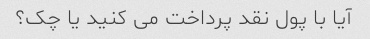
آیا با پول نقد پرداخت می کنید یا چک؟